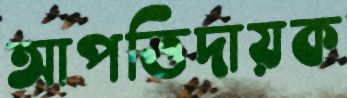
আপত্তিদায়ক